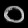
Digit: ၀